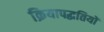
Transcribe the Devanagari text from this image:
क्रियापद्धतियों